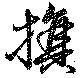
旗